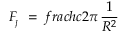
F _ { \! _ { J } } \ = \, f r a c { h c } { 2 \pi } \, \frac { 1 } { R ^ { 2 } }